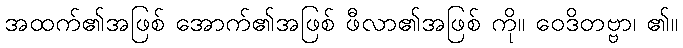
အထက်၏အဖြစ် အောက်၏အဖြစ် ဖီလာ၏အဖြစ် ကို။ ဝေဒိတဗ္ဗာ၊ ၏။